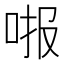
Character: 𱒧